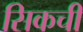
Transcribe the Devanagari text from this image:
सिकची